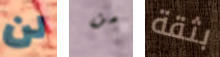
لن من بثقة